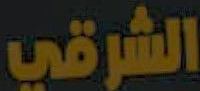
الشرقي